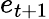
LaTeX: e_{t+1}